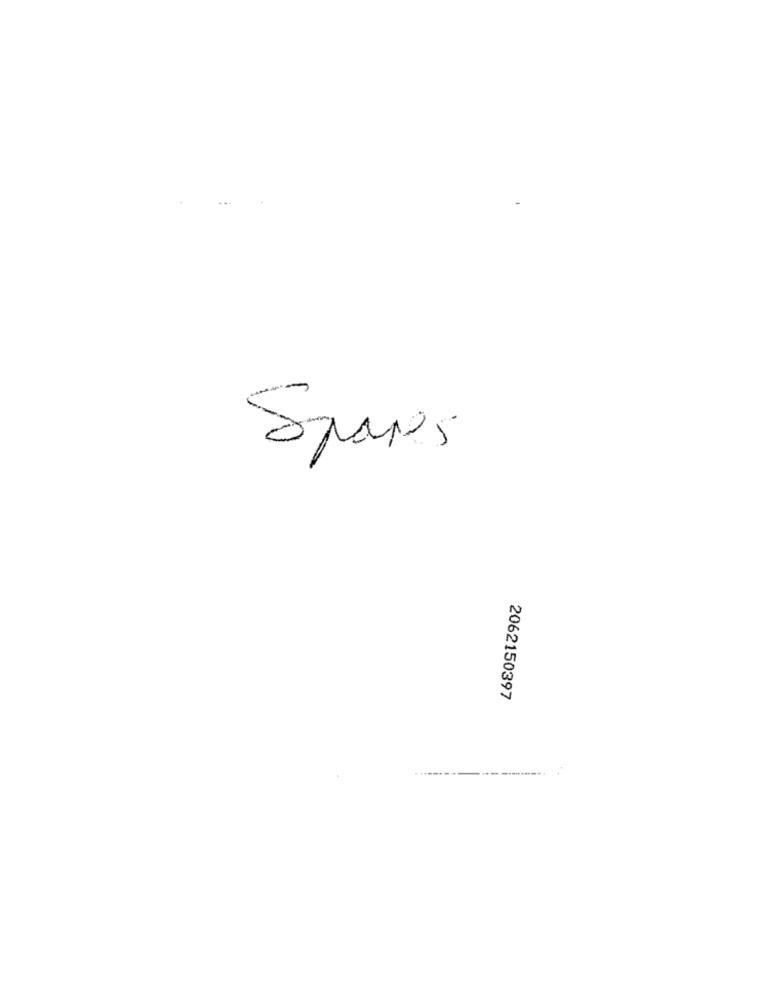
2062150397